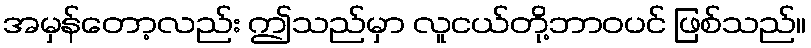
အမှန်တော့လည်း ဤသည်မှာ လူငယ်တို့ဘာဝပင် ဖြစ်သည်။